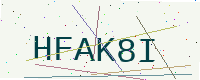
Text: HFAK8I